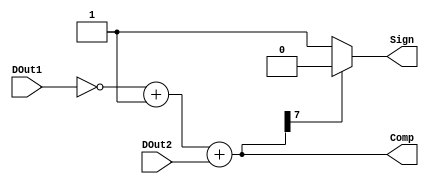
module comparator(input [7:0] DOut1,
		  input [7:0] DOut2,
	  	  output reg [7:0] Comp,
		  output reg Sign);


always @(DOut1,DOut2)
 begin
  
  Comp=((~DOut1)+1)+DOut2;
 
  if(Comp[7]==1)
  	Sign=0;
  else
	Sign=1;

 end
endmodule